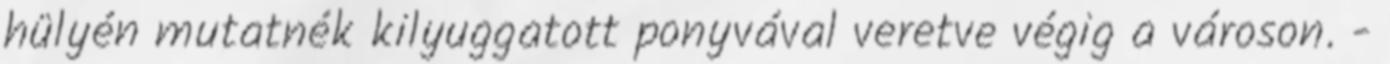
hülyén mutatnék kilyuggatott ponyvával veretve végig a városon. -